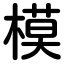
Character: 模